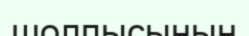
шолпысының